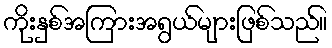
ကိုးနှစ်အကြားအရွယ်များဖြစ်သည်။